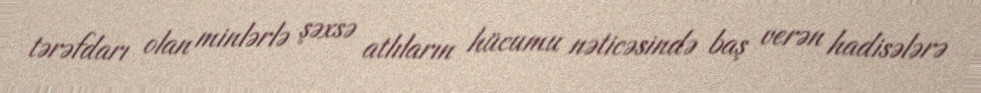
tərəfdarı olan minlərlə şəxsə atlıların hücumu nəticəsində baş verən hadisələrə